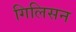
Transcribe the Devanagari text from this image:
गिलिसन